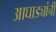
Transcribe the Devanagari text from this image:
आघाड्यांची